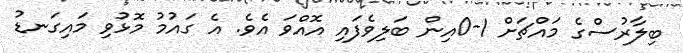
ބިލާރުސްގެ މައްޗަށް 1-0އިން ބަލިވެފައި އޮއްވަ އެވެ. އެ ގައުމު މޮޅުވި މައިގަނޑު